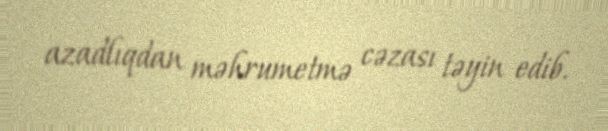
azadlıqdan məhrumetmə cəzası təyin edib.